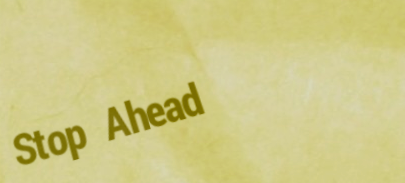
Stop Ahead